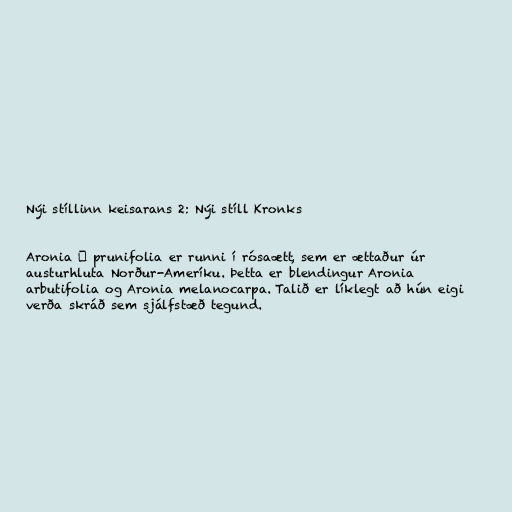
Nýi stíllinn keisarans 2: Nýi stíll Kronks

Aronia × prunifolia er runni í rósaætt, sem er ættaður úr
austurhluta Norður-Ameríku. Þetta er blendingur Aronia
arbutifolia og Aronia melanocarpa. Talið er líklegt að hún eigi
verða skráð sem sjálfstæð tegund.